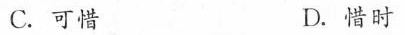
C.可惜 D.惜时